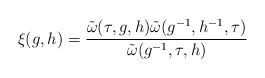
LaTeX: \begin{align*} \xi(g,h)&=\frac{\tilde\omega(\tau,g,h)\tilde\omega(g^{-1},h^{-1},\tau)} {\tilde\omega(g^{-1},\tau,h)} \end{align*}